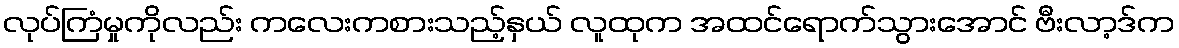
လုပ်ကြံမှုကိုလည်း ကလေးကစားသည့်နှယ် လူထုက အထင်ရောက်သွားအောင် ဗီးလာ့ဒ်က